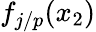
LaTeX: f_{j/p}(x_{2})